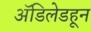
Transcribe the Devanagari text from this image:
ॲडिलेडहून